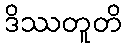
ဒိဿတူတိ